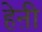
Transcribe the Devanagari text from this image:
हेऩी